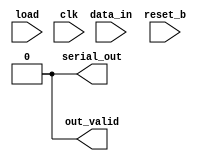
/**
 * This is written by Zhiyang Ong 
 * for EE577b Homework 4, Question 2
 */

// Behavioral model for the PISO convertor
module PISO(serial_out, out_valid, data_in, load, reset_b, clk);
	/**
	 * Take input in when load and reset_b are HIGH, and out_valid
	 * is LOW, at the positive edge of the clock.
	 *
	 * Subsequently, output the values, and set out_valid to HIGH
	 * Ignore all inputs when out_valid is HIGH; and clock all the
	 * data out
	 * 
	 * Reset is active LOW
	 *
	 * Ignore otherwise
	 */
	
	// Output signals representing the end of the transaction
	// Output of the PISO convertor
	output serial_out;
	/**
	 * Indicate if the data is valid at serial_out
	 * out_valid = 1 when data is valid; it is ZERO otherwise
	 */
	output out_valid;
	
	
	
	// ===============================================================
	// Input signals
	// Input data bit sequence coming in to the PISO convertor
	input [7:0] data_in;
	/**
	 * Clock signal for the finite state machine to facilitate
	 * state transitions  
	 */
	input clk;
	/**
	 * Active low reset signal for the finite state machine to
	 * bring it to the initial state
	 */
	input reset_b;
	/**
	 * Active high flag to enable data to be loaded at the positive
	 * edge of the clock
	 */
	input load;
	
	
	
	
	// ===============================================================
	// Declare "wire" signals:
	//wire FSM_OUTPUT;



	
	// ===============================================================
	// Declare "reg" signals: 
	reg out_valid;					// Output signal
	reg serial_out;					// Output signal
	// Outputs of the D flip-flops in the PISO converter
	reg q_dff1;						// Output of the 1st D flip-flop
	reg q_dff2;						// Output of the 2nd D flip-flop
	reg q_dff3;						// Output of the 3rd D flip-flop
	reg q_dff4;						// Output of the 4th D flip-flop
	reg q_dff5;						// Output of the 5th D flip-flop
	reg q_dff6;						// Output of the 6th D flip-flop
	reg q_dff7;						// Output of the 7th D flip-flop
	// Output of the 8th D flip-flop = out_valid
	/**
	 * Flag to indicate if input shall be used as input to the
	 * flip-flops; set flag=0 to use output of previous flip-flop
	 */
	//reg flag1;						// flag of the 1st D flip-flop
	reg flag2;						// flag of the 2nd D flip-flop
	reg flag3;						// flag of the 3rd D flip-flop
	reg flag4;						// flag of the 4th D flip-flop
	reg flag5;						// flag of the 5th D flip-flop
	reg flag6;						// flag of the 6th D flip-flop
	reg flag7;						// flag of the 7th D flip-flop						
	//reg flag8;						// flag of the 8th D flip-flop						
	
		
	
	
	
	// ===============================================================
	// Definitions for the states in the PISO convertor
	// parameter PARAM_NAME = VALUE;
	
	
	
	
	
	// ===============================================================
	// Logic for active low reset signal to reset the PISO convertor
	always @(~reset_b)
	begin
		// When "reset_b" goes low, out_valid=0
		out_valid<=1'd0;
		// Set the output of the 1st D flip-flop to ZERO
		q_dff1<=1'd0;
		// Set the output of the 2nd D flip-flop to ZERO
		q_dff2<=1'd0;
		// Set the output of the 3rd D flip-flop to ZERO
		q_dff3<=1'd0;
		// Set the output of the 4th D flip-flop to ZERO
		q_dff4<=1'd0;
		// Set the output of the 5th D flip-flop to ZERO
		q_dff5<=1'd0;
		// Set the output of the 6th D flip-flop to ZERO
		q_dff6<=1'd0;
		// Set the output of the 7th D flip-flop to ZERO
		q_dff7<=1'd0;
		// Set the output of the 8th D flip-flop to ZERO
		serial_out<=1'd0;
		
		
		flag2<=1'd1;
		flag3<=1'd1;
		flag4<=1'd1;
		flag5<=1'd1;
		flag6<=1'd1;
		flag7<=1'd1;
	end

	
	
	
	
	
	
	
	// ===============================================================
	// 1st D flip-flop
	always @(posedge clk)
	begin
		// If the load enable flag and reset_b are high,
		if(load && reset_b && (~out_valid))
		begin
			// Process input data - get the MSB
			q_dff1<=data_in[7];	
		end
		else
		begin
			/**
			 * Send in unknown value to indicate that data_in[7]
			 * has been processed
			 */
			q_dff1<=1'dx;
		end
	end
	
	
	
	
	
	// ===============================================================
	// 2nd D flip-flop
	always @(posedge clk)
	begin
		// If the load enable flag and reset_b are high,
		if(load && reset_b && (~out_valid))
		begin
			// Process input data
			q_dff2<=data_in[6];
		end
		else if(out_valid)
		begin
			$display($time, ">>>>>>> Bring in value from prev dff1");
			q_dff2<=q_dff1;
		end
	end
	
	
	
	
	
	
	// ===============================================================
	// 3rd D flip-flop
	always @(posedge clk)
	begin
		// If the load enable flag and reset_b are high,
		if(load && reset_b && (~out_valid))
		begin
			// Process input data
			q_dff3<=data_in[5];
		end
		else if(out_valid)
		begin
			$display($time, ">>>>>>> Bring in value from prev dff2");
			q_dff3<=q_dff2;
		end
	end
	
	
	
	
	
	
	
	
	// ===============================================================
	// 4th D flip-flop
	always @(posedge clk)
	begin
		// If the load enable flag and reset_b are high,
		if(load && reset_b && (~out_valid))
		begin
			// Process input data
			q_dff4<=data_in[4];
		end
		else if(out_valid)
		begin
			$display($time, ">>>>>>> Bring in value from prev dff3");
			q_dff4<=q_dff3;
		end
	end
	
	
	
	
	
	
	
	
	// ===============================================================
	// 5th D flip-flop
	always @(posedge clk)
	begin
		// If the load enable flag and reset_b are high,
		if(load && reset_b && (~out_valid))
		begin
			// Process input data
			q_dff5<=data_in[3];
		end
		else if(out_valid)
		begin
			$display($time, ">>>>>>> Bring in value from prev dff4");
			q_dff5<=q_dff4;
		end
	end
	
	
	
	
	
	
	
	
	// ===============================================================
	// 6th D flip-flop
	always @(posedge clk)
	begin
		// If the load enable flag and reset_b are high,
		if(load && reset_b && (~out_valid))
		begin
			// Process input data
			q_dff6<=data_in[2];
		end
		else if(out_valid)
		begin
			$display($time, ">>>>>>> Bring in value from prev dff5");
			q_dff6<=q_dff5;
		end
	end
	
	
	
	
	
	
	
	
	// ===============================================================
	// 7th D flip-flop
	always @(posedge clk)
	begin
		// If the load enable flag and reset_b are high,
		if(load && reset_b && (~out_valid))
		begin
			// Process input data
			q_dff7<=data_in[1];
		end
		else if(out_valid)
		begin
			$display($time, ">>>>>>> Bring in value from prev dff6");
			$display("q_dff6:::",q_dff6);
			q_dff7<=q_dff6;
			$display("q_dff7:::",q_dff7);
		end
	end
	
	
	
	
	
	
	
	
	// ===============================================================
	// 8th/Final/Last D flip-flop
	always @(posedge clk)
	begin
		// If the load enable flag and reset_b are high,
		if(load && reset_b && (~out_valid))
		begin
			serial_out<=data_in[0];
			// Set "out_valid"=1
			out_valid<=1'd1;
		end
		else if((out_valid==1) && (q_dff7!==1'dz) && (q_dff7!==1'dx))
		begin
$display($time, ">>>>>>> Bring in value from prev dff7");
if((q_dff7==1'dz) || (q_dff7==1'dx))
begin
	serial_out<=1'd0;
end
else
begin
	serial_out<=q_dff7;
end
		end
		else
		begin
$display($time, "########### REady for new input");
			// Set "out_valid"=0
			out_valid<=1'd0;
			serial_out<=1'd0;
			// Set flags to HIGH
/*
			flag2<=1'd1;
			flag3<=1'd1;
			flag4<=1'd1;
			flag5<=1'd1;
			flag6<=1'd1;
			flag7<=1'd1;
*/
		end
	end
	
	
endmodule